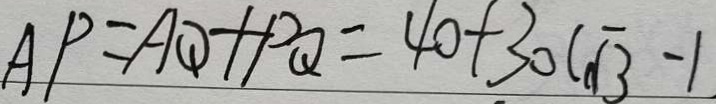
A P = A Q + P Q = 4 0 + 3 0 ( \sqrt { 3 } - 1